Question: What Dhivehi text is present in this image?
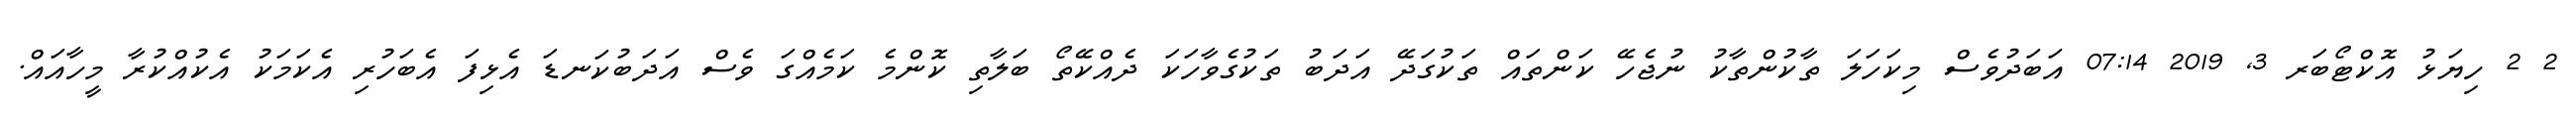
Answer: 2 2 ހިޔަޅު އޮކްޓޯބަރ 3, 2019 07:14 އަބަދުވެސް މިކަހަލަ ތާކުންތާކު ނުޖެހޭ ކަންތައް ތަކުގަދޭ އަދަބު ތަކުގެވާހަކަ ދެއްކޭތޯ ބަލާތި ކޮންމެ ކަމެއްގަ ވެސް އަދަބުކަނޑަ އެޅިފަ އެބަހުރި އެކަމަކު އެކުއްކުރާ މީހާއައް.